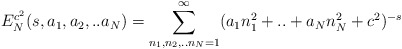
\begin{align*}E^{c^{2}}_{N}(s,a_{1},a_{2},..a_{N})=\sum^{\infty}_{n_{1},n_{2},..n_{N}=1}(a_{1}n^{2}_{1}+..+a_{N}n^{2}_{N}+c^{2})^{-s}\end{align*}